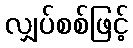
လျှပ်စစ်ဖြင့်